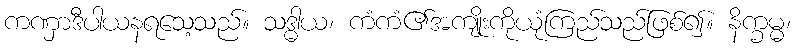
ကဏှာဒီပါယနရသေ့သည်။ သဒ္ဓါယ၊ ကံကံ၏အကျိုးကိုယုံကြည်သည်ဖြစ်၍။ နိက္ခမ္မ၊